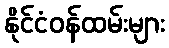
နိုင်ငံဝန်ထမ်းများ